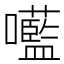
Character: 㘕